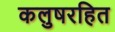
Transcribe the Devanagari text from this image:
कलुषरहित